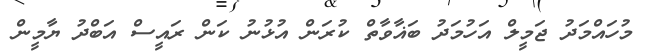
މުހައްމަދު ޖަމީލް އަހުމަދު ބަޣާވާތް ކުރަން އުޅުނު ކަން ރައީސް އަބްދު ޔާމީން